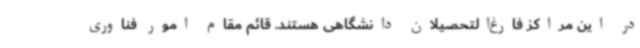
در این مراکز فارغ‌التحصیلان دانشگاهی هستند. قائم مقام امور فناوری